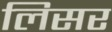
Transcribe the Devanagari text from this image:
लिसर